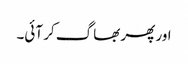
اور پھر بھاگ کر آئی۔